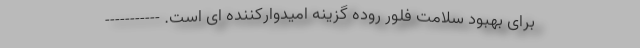
برای بهبود سلامت فلور روده گزینه امیدوارکننده ای است. -----------